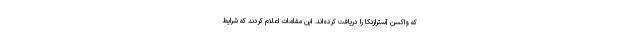
که واکسن آسترازنکا را دریافت کرده‌اند. این مقامات اعلام کردند که شرایط